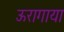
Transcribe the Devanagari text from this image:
ऊरागाया